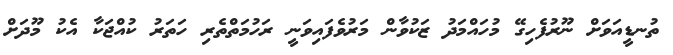
ތުނޑީއަވަށް ނޫރުފެހިގޭ މުހައްމަދު ޒަކުވާން މަރުވެފައިވަނީ ރަހުމަތްތެރި ހަތަރު ކުއްޖަކާ އެކު މޫދަށް